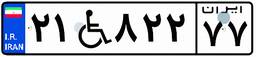
۲۱W۸۲۲۷۷